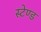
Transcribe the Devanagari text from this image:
स्‍टेण्‍ड